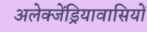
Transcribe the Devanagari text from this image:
अलेक्जेंड्रियावासियों